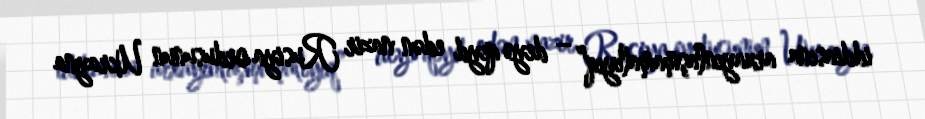
iddiasına arxayınlaşmamalıyıq” – deyə qeyd edən nazir Rusiya ordusunun Ukrayna